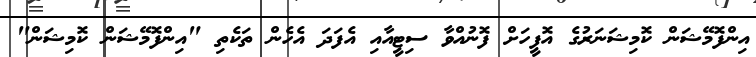
އިންފޮމޭޝަން ކޮމިޝަނަރުގެ އޮފީހަށް ފޮނުއްވާ ސިޓީއާއި އެފަދަ އެހެން ތަކެތި "އިންފޮމޭޝަން ކޮމިޝަން"